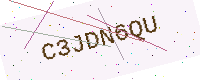
Text: C3JDN6QU